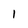
Character: 1